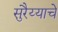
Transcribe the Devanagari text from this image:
सुरैय्याचे